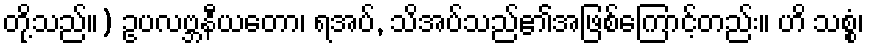
တို့သည်။) ဥပလဗ္ဘနီယတော၊ ရအပ်, သိအပ်သည်၏အဖြစ်ကြောင့်တည်း။ ဟိ သစ္စံ၊